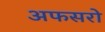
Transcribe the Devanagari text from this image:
अफसरो